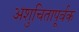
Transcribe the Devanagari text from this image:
अशुचितापूर्वक